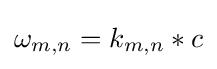
\omega _{m,n}=k_{m,n}*c